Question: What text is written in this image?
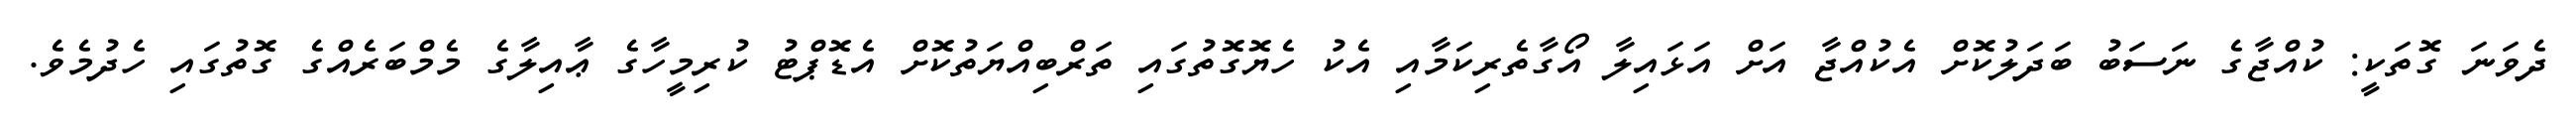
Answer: ދެވަނަ ގޮތަކީ: ކުއްޖާގެ ނަސަބު ބަދަލުކޮށް އެކުއްޖާ އަށް އަޅައިލާ އޯގާތެރިކަމާއި އެކު ހެޔޮގޮތުގައި ތަރްބިއްޔަތުކޮށް އެޑޮޕްޓު ކުރިމީހާގެ ޢާއިލާގެ މެމްބަރެއްގެ ގޮތުގައި ހެދުމެވެ.